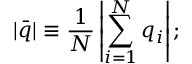
| \bar { q } | \equiv \frac { 1 } { N } \left| \sum _ { i = 1 } ^ { N } q _ { i } \right| ;